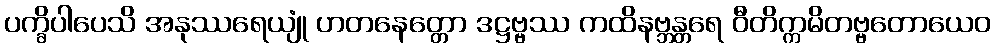
ပက္ခိပါပေသိ အနုဿရေယျုံ ဟတနေတ္တော ဒဋ္ဌဗ္ဗဿ ကထိနဗ္ဘန္တရေ ဝီတိက္ကမိတဗ္ဗတောယေဝ